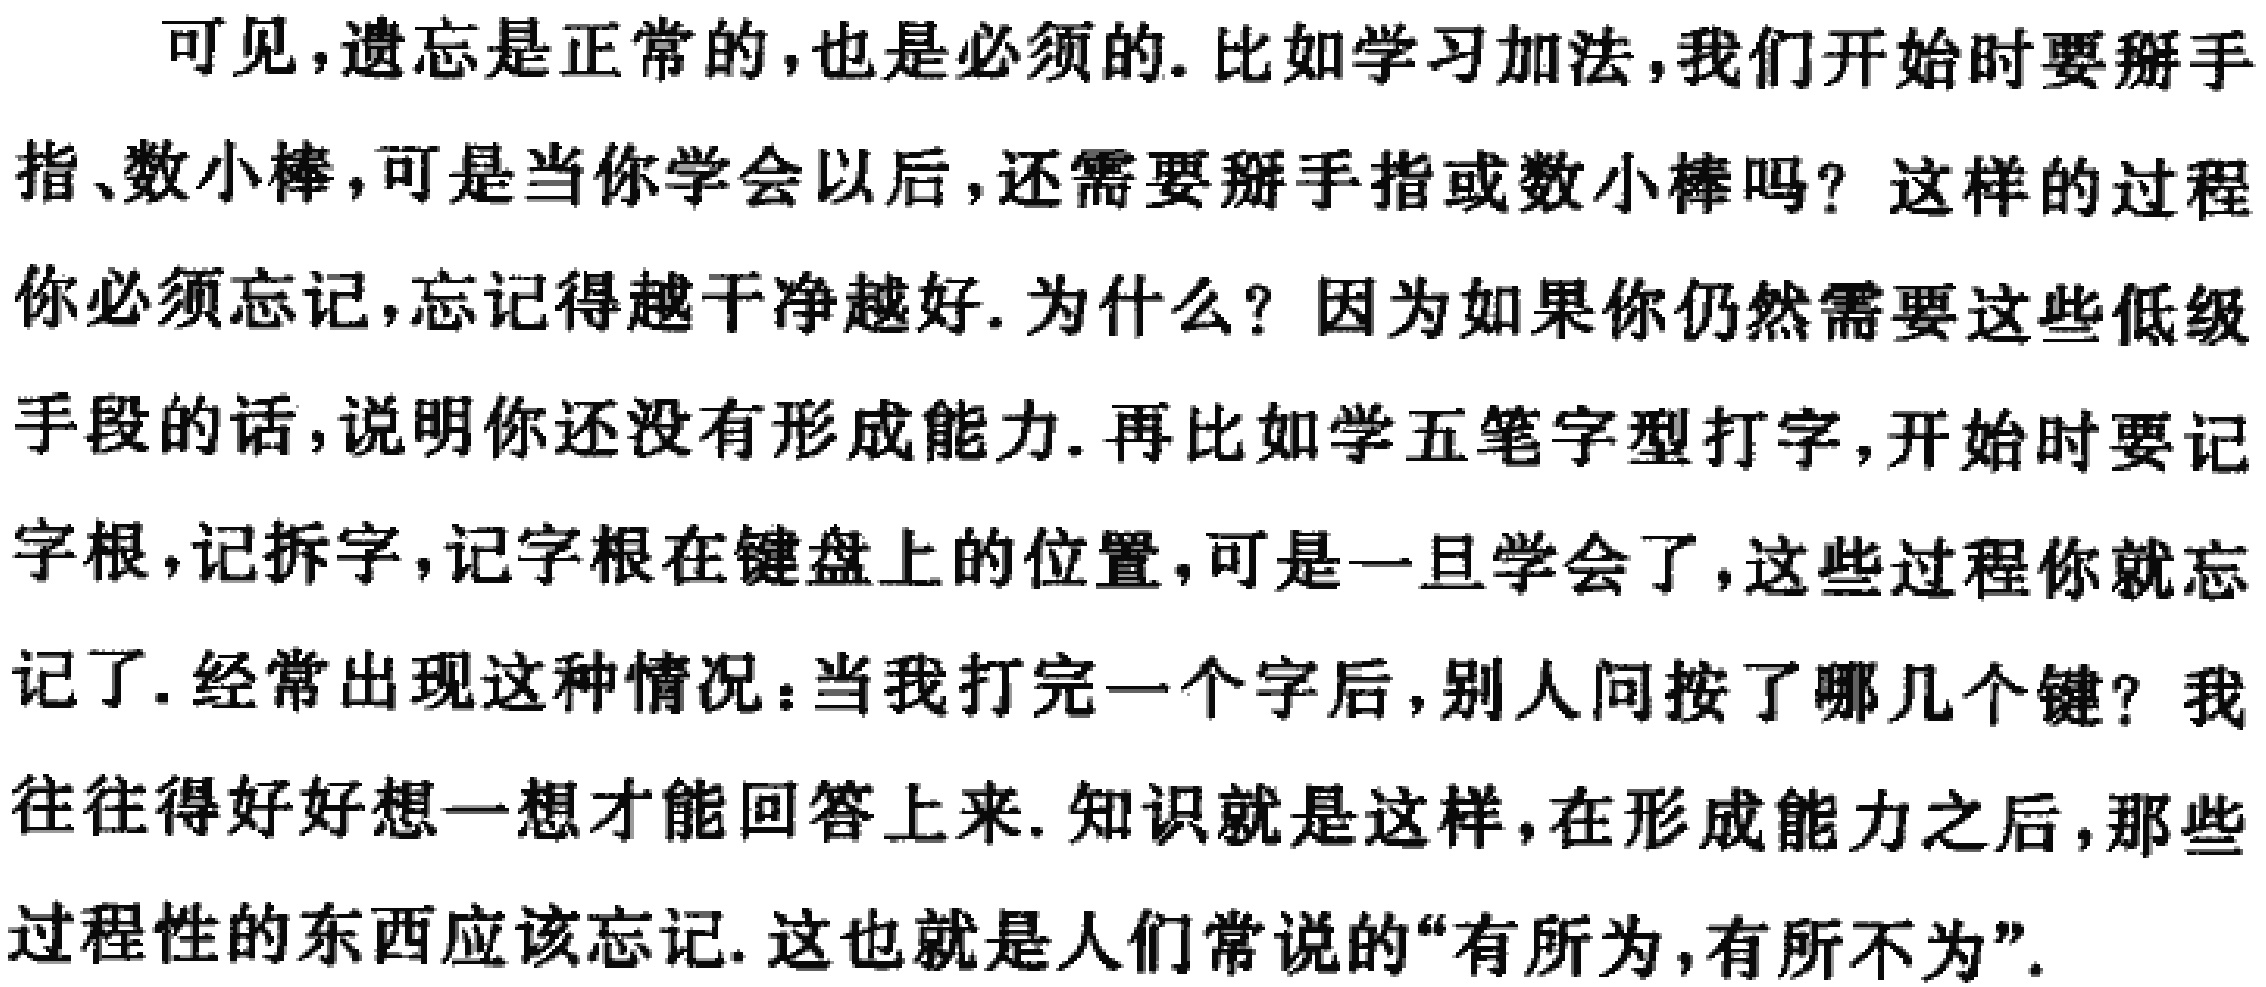
可见，遗忘是正常的，也是必须的. 比如学习加法，我们开始时要掰手指、数小棒，可是当你学会以后，还需要掰手指或数小棒吗？这样的过程你必须忘记，忘记得越干净越好. 为什么？因为如果 你仍然需要这些低级手段的话，说明你还没有形成能力. 再比如学五笔字型打字，开始时要记字根，记拆字，记字根在键盘上的位置，可是一旦学会了，这些过程你就忘记了. 经常出现这种情况：当我打完一个字后，别人问按了哪几个键？我往往得好好想一想才能回答上来. 知识就是这样，在形成能力之后，那些过程性的东西应该忘记. 这也就是人们常说的“有所为，有所不为”.